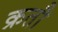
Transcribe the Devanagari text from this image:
क्रतौ